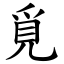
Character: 覓